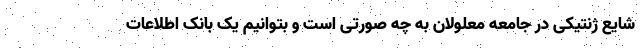
شایع ژنتیکی در جامعه معلولان به چه صورتی است و بتوانیم یک بانک اطلاعات